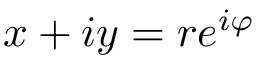
x + i y = r e ^ { i \varphi }